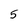
Character: 5